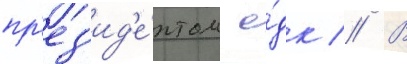
пр'ез'ид'е́нтом е́дк // В